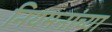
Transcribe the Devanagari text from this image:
नियमनांच्या